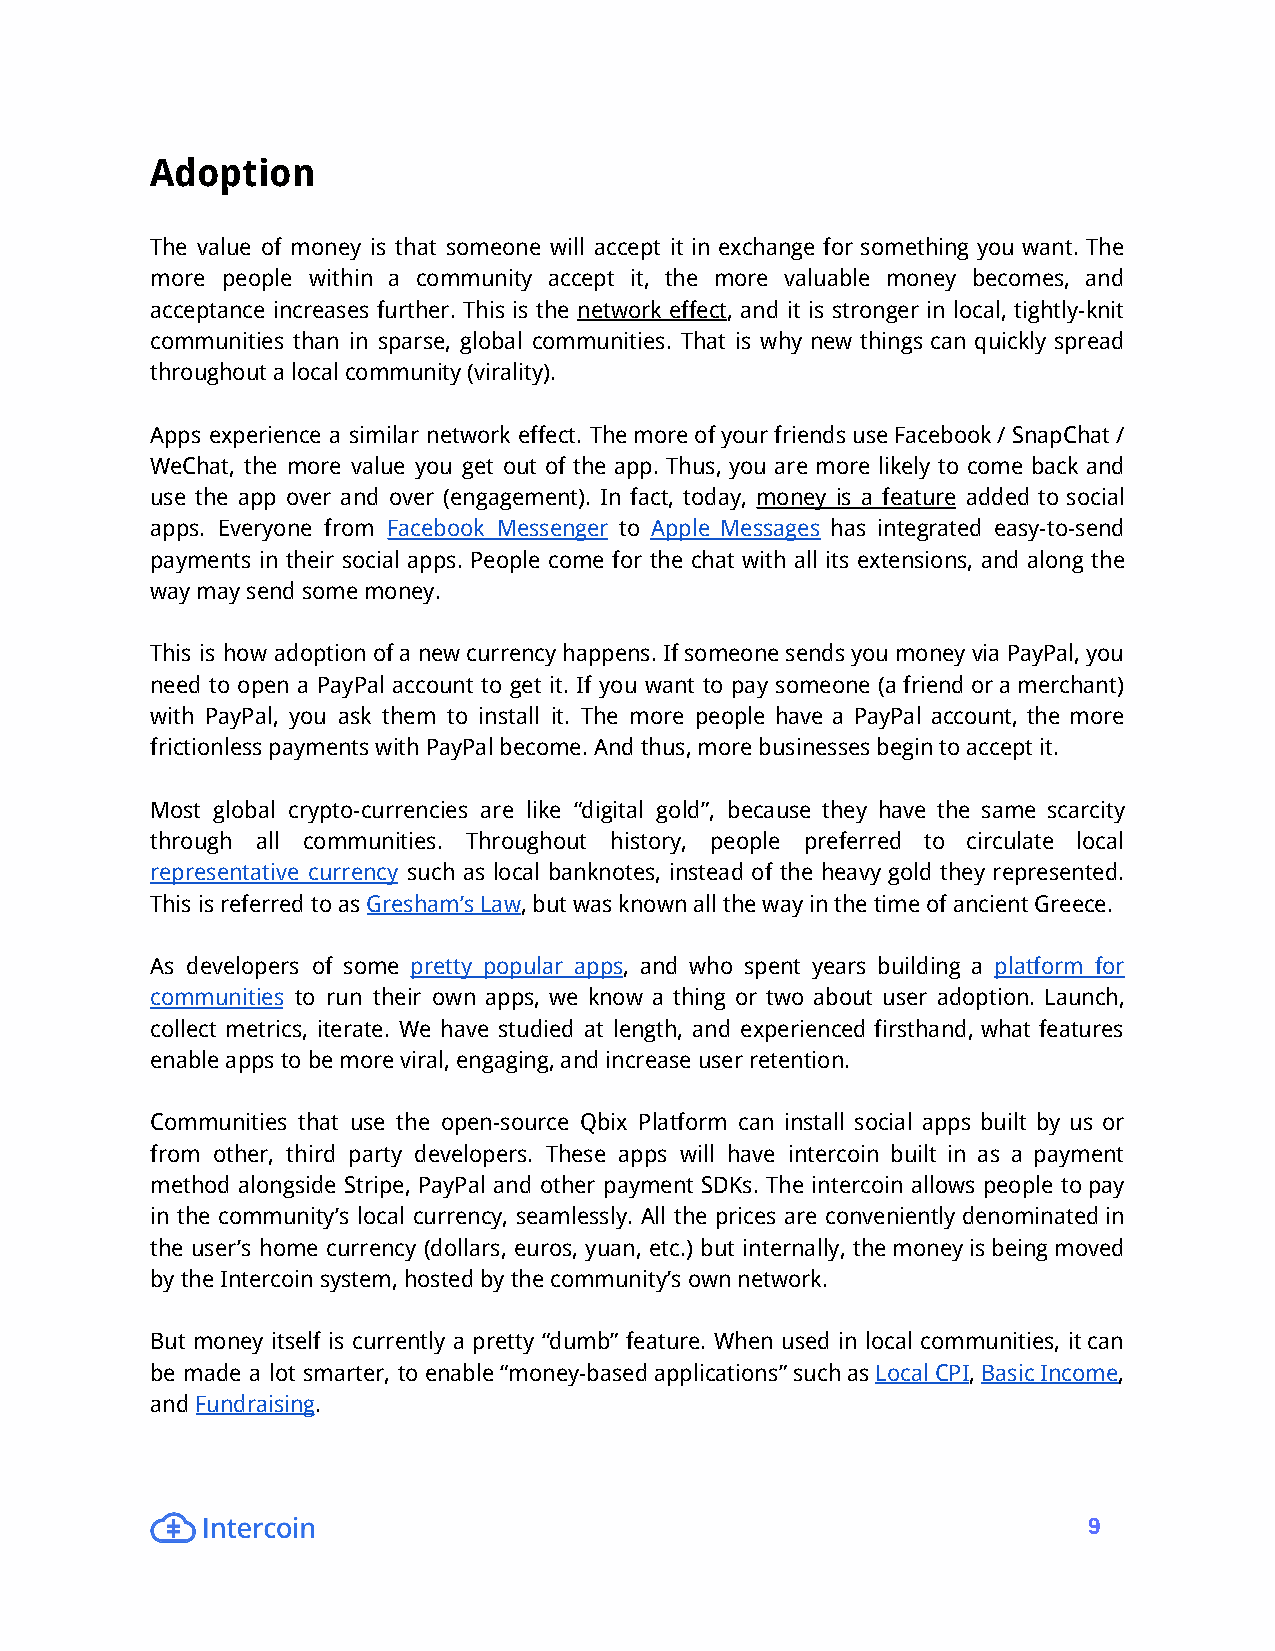
Adoption
 The value of money is that someone will accept it in exchange for something you want. The
 more people within a community accept it, the more valuable money becomes, and
 acceptance increases further. This is the network effect, and it is stronger in local, tightly-knit
 communities than in sparse, global communities. That is why new things can quickly spread
 throughoutalocalcommunity(virality).
 Apps experience a similar network effect. ThemoreofyourfriendsuseFacebook/SnapChat/
 WeChat, the more value you get out of the app. Thus, you are more likely to come back and
 use the app over and over (engagement). In fact, today, money is a feature added to social
 apps. Everyone from Facebook Messenger to Apple Messages has integrated easy-to-send
 payments in their social apps. People come for the chat with all its extensions, and along the
 waymaysendsomemoney.
 This is how adoptionofanewcurrencyhappens.IfsomeonesendsyoumoneyviaPayPal,you
 need to open a PayPal account to get it. If you want to pay someone (afriendoramerchant)
 with PayPal, you ask them to install it. The more people have a PayPal account, the more
 frictionlesspaymentswithPayPalbecome.Andthus,morebusinessesbegintoacceptit.
 Most global crypto-currencies are like “digital gold”, because they have the same scarcity
 through all communities. Throughout history, people preferred to circulate local
 representative currency such as local banknotes, instead of the heavy gold they represented.
 ThisisreferredtoasGresham’sLaw,butwasknownallthewayinthetimeofancientGreece.
 As developers of some pretty popular apps, and who spent years building a platform for
 communities to run their own apps, we know a thing or two about user adoption. Launch,
 collect metrics, iterate. We have studied at length, and experienced firsthand, what features
 enableappstobemoreviral,engaging,andincreaseuserretention.
 Communities that use the open-source Qbix Platform can install social apps built by us or
 from other, third party developers. These apps will have intercoin built in as a payment
 method alongside Stripe, PayPal and other payment SDKs. The intercoin allows people topay
 in the community’s local currency, seamlessly. All the prices are convenientlydenominatedin
 the user’s home currency (dollars, euros, yuan, etc.) but internally, themoneyisbeingmoved
 bytheIntercoinsystem,hostedbythecommunity’sownnetwork.
 But money itself is currently a pretty “dumb” feature. When used in local communities, itcan
 be made a lot smarter, toenable“money-basedapplications”suchasLocalCPI,BasicIncome,
 andFundraising.
 9